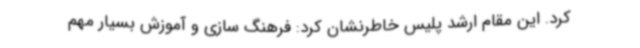
کرد. این مقام ارشد پلیس خاطرنشان کرد: فرهنگ سازی و آموزش بسیار مهم